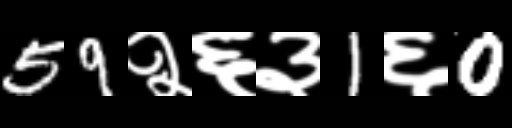
Text: 59२६३1६0